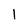
Character: 1